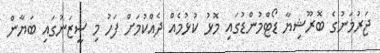
ޖަރުމަނުގެ ބޮރޫޝިޔާ ޑޯޓްމުންޑުގައި މޮޅު ކުޅުމެއް ދެއްކުމަށް ފަހު މި ސީޒަނުގައި ބަޔާން